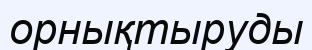
орнықтыруды